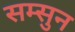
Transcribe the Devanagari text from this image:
सम्सुन